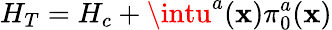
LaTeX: H_{T}=H_{c}+\intu^{a}(\mathbf{x})\pi_{0}^{a}(\mathbf{x})